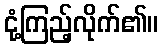
ငုံ့ကြည့်လိုက်၏။